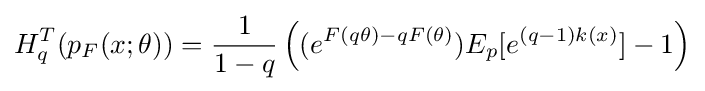
H_{q}^{T}(p_{F}(x;\theta ))={\frac {1}{1-q}}\left((e^{F(q\theta )-qF(\theta )})E_{p}[e^{(q-1)k(x)}]-1\right)